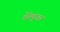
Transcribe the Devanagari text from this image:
पेरेम्पुअन